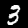
Label: 3